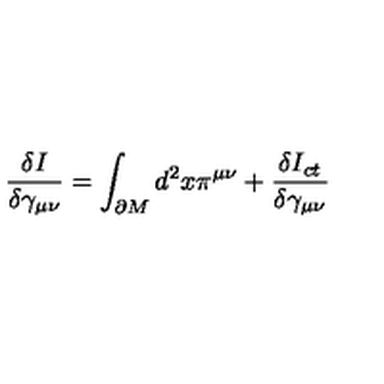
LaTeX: \frac { \delta I } { \delta \gamma _ { \mu \nu } } = \int _ { \partial M } d ^ { 2 } x \pi ^ { \mu \nu } + \frac { \delta I _ { c t } } { \delta \gamma _ { \mu \nu } }